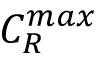
C _ { R } ^ { m a x }